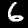
Digit: 6